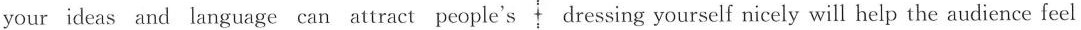
your ideas and language can attract people's dressing yourself nicely will help the audience feel attention. And some skills are necessary,too.Here respected. are some suggestions on giving great speeches. ◆Pace and pause(节奏和停顿)